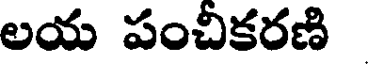
లయ పంచీకరణి